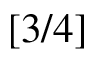
[ 3 / 4 ]